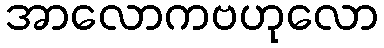
အာလောကဗဟုလော